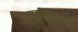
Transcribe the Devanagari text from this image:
युनूससारख्या